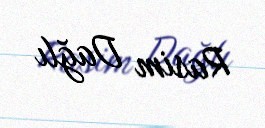
Rasim Dağlı